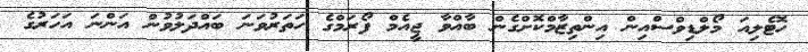
ހޮޓެލިއަ މޯލްޑިވްސްއިން އިންތިޒާމްކޮށްގެން ބާއްވާ ޖީއެމް ފޯރަމްގެ ހަތަރުވަނަ ބައްދަލުވުން އަންނަ އަހަރުގެ